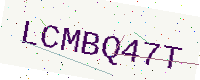
Text: LCMBQ47T